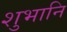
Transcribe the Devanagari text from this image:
शुभानि